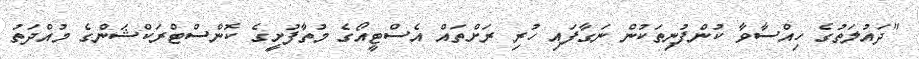
"ދައުލަތުގެ ހިއްސާވާ ކުންފުނިތަކުން ނަގާފައި ހުރި ރަށްތައް އެސްޓީއޯގެ މުތާފުށިީގެ ކޮންސްޓްރަކްޝަންގެ މުއްދަތު